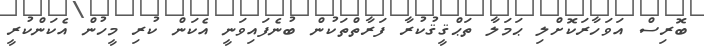
ބޮރިސް އަވަހާރަކޮށްލި ޙަމަލާ ތަޙްޤީޤުކުރާ ފަރާތްތަކުން ބުނެފައިވަނީ އެކަން ކުރި މީހުން އެކަންކުރީ